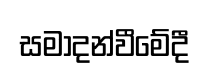
සමාදන්වීමේදී